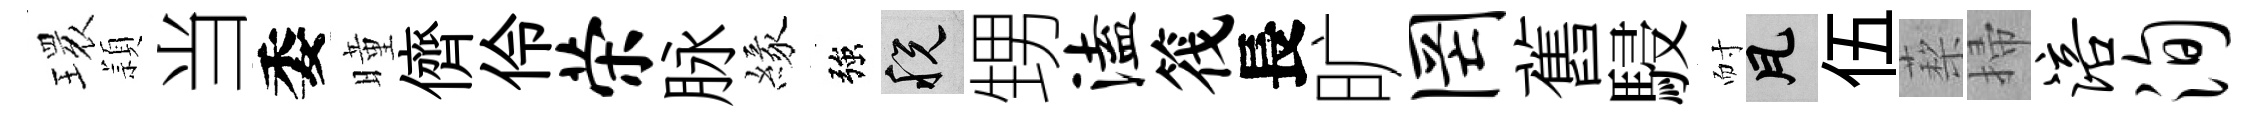
𤨔頴当委曈儕伶荣脉緣強税甥溘筏長旷罔舊駸耐瓦伍蔾掃涪洵